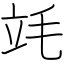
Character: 竓